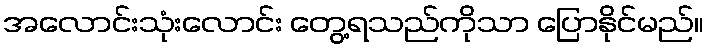
အလောင်းသုံးလောင်း တွေ့ရသည်ကိုသာ ပြောနိုင်မည်။